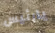
يارئيس